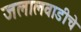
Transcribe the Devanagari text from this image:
जलालवाडीचे